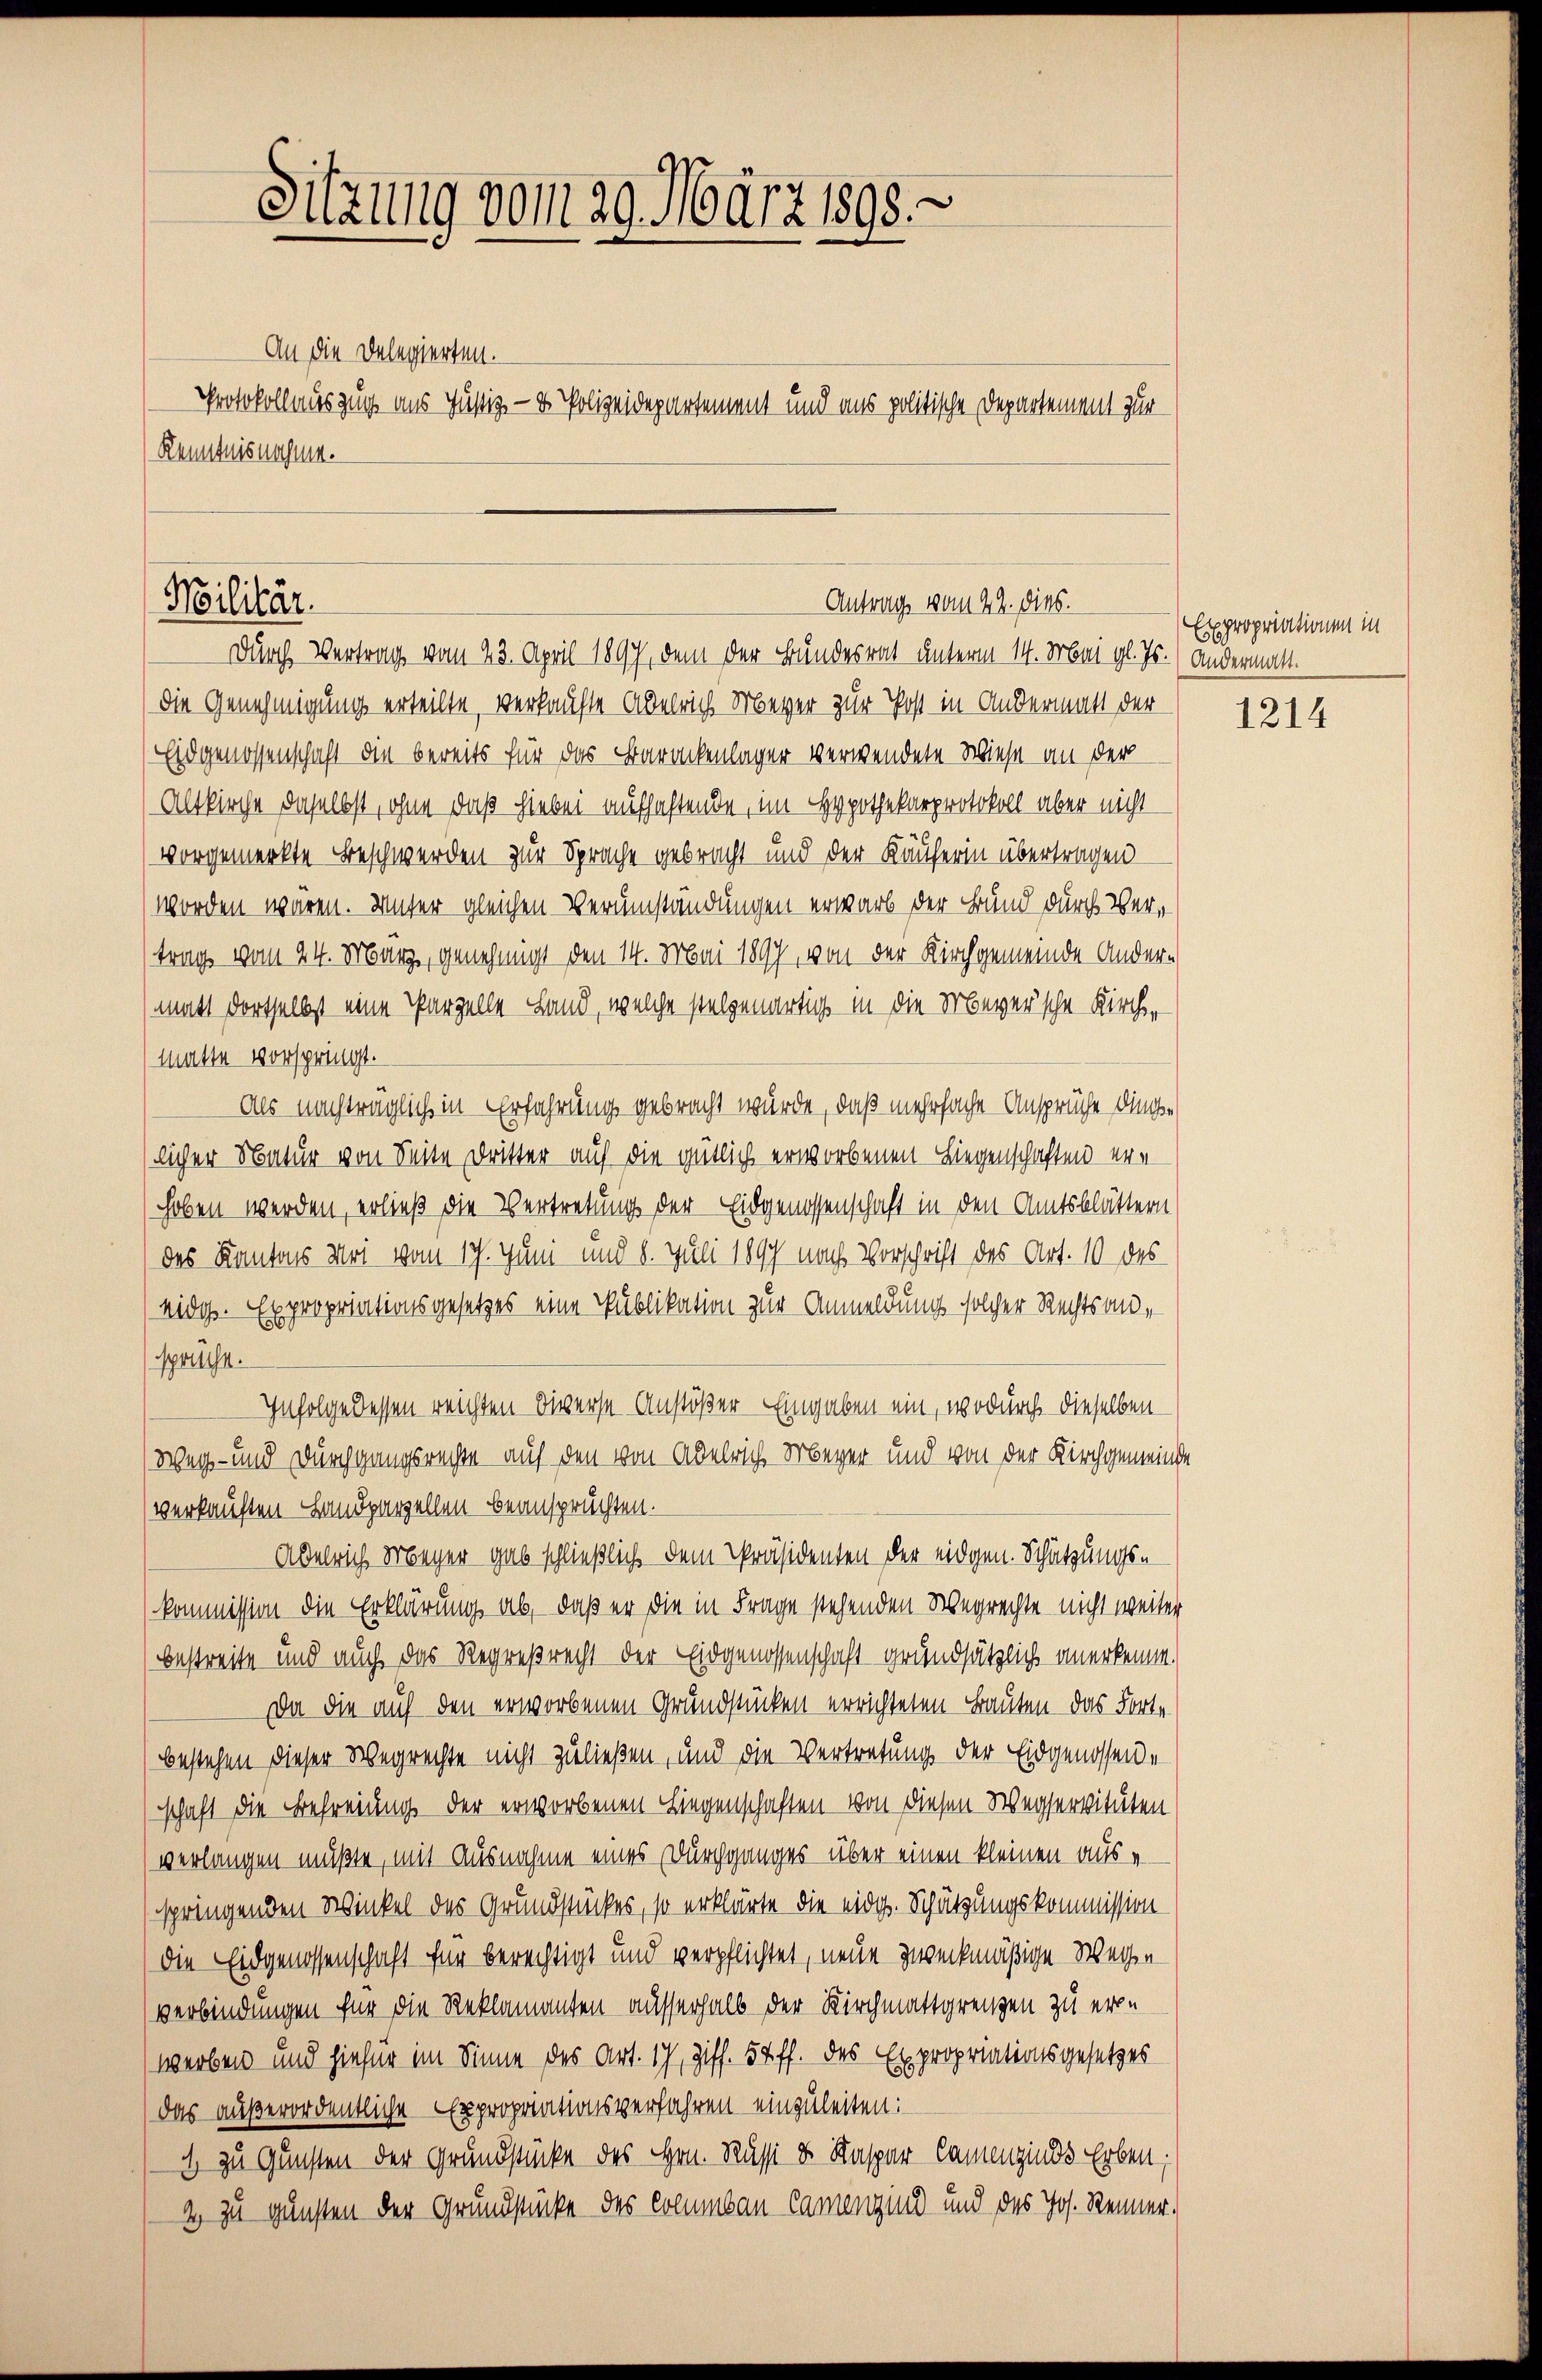
Protokollauszug aus Justiz- & Polizeidepartement und aus politische Departement zur
Kenntnisnahme.

Moilitär.

Sitzung vom 29. März 1898.

An die Delegierten.

Durch Vertrag vom 23. April 1897, dem der Bundesrat unterm 14. Mai gl. Js. (andermatt
die Genehmigung erteilte, verkaufte Abelrich Meyer zur Post in Andermatt der
Eidgenossenschaft die bereits für das Barackenlager verwendete Wiese an der
Altkirche daselbst, ohne daß hiebei aufhaftende, im Hypothekarprotokoll aber nicht
vorgemerkte Beschwerden zur Sprache gebracht und der Käuferin übertragen
worden wären. Unser gleichen Verumständungen erwarb der Bund durch Vertrag vom 24. März, genehmigt den 14. Mai 1897, von der Kirchgemeinde Ander-
matt dortselbst eine Parzelle Land, welche stellenartig in die Meyer’sche Kircher
matte vorspringt.
Als nachträglich in Erfahrung gebracht wurde, daß mehrfache Ansprüche dingelicher Natur von Seite Dritter auf die gütlich erworbenen Liegenschaften ern
hoben werden, erließ die Vertretung der Eidgenossenschaft in den Amtsblättern
des Kantons Uri vom 17. Juni und 8. Juli 1897 nach Vorschrift des Art. 10 des
eidg. Expropriationsgesetzes eine Publikation zur Anmeldung solcher Rechtsansprüche.
Infolge dessen reichten diverse Anstößer Eingaben ein, wodurch dieselben
Weg- und Durchgangsrechte auf den von Abelrich Meyer und von der Kirchgemeinde
verkauften Landparzellen beansprüchten.
Abelrich Meger gab schließlich dem Präsidenten der eidgen. Schätzungskommission die Erklärung ab, daß er die in Frage stehenden Wegrechte nicht weiter
(bestreite und auch das Regreßrecht der Eidgenossenschaft grundsätzlich anerkenne.
Da die auf den erworbenen Grundstücken errichteten Bauten das Forte
bestehen dieser Wegrechte nicht zuließen, und die Vertretung der Eidgenossen-
(schaft die Befreiung der erworbenen Liegenschaften von diesen Wegservituten
verlangen müßte, mit Ausnahme eines Durchganges über einen kleinen aus-
springenden Winkel des Grundstückes, so erklärte die eidg. Schätzungskommission
die Eidgenossenschaft für berechtigt und verpflichtet, neue zweckmäßige Wege
verbindungen für die Reklamanten ausserhalb der Kirchmattgrenzen zu erwerben und hiefür im Sinne des Art. 17, Ziff. 57 ff. des Expropriationsgesetzes
(das außerordentliche Expropriationsverfahren einzuleiten:
1 zu Gunsten der Grundstücke des Hrn. Russi u. Kaspar Camenzinds Erben;
2 zu gunsten der Grundstücke des Columbau Camenzind und des Jos. Renner.

Antrag vom 22. dies.

Expropriationen in

1214